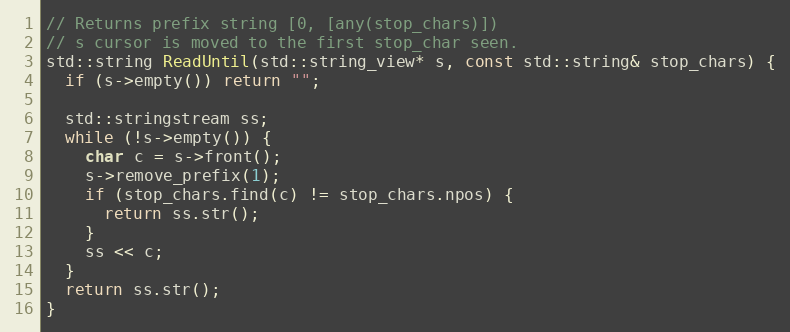
Language: C++
// Returns prefix string [0, [any(stop_chars)])
// s cursor is moved to the first stop_char seen.
std::string ReadUntil(std::string_view* s, const std::string& stop_chars) {
  if (s->empty()) return "";

  std::stringstream ss;
  while (!s->empty()) {
    char c = s->front();
    s->remove_prefix(1);
    if (stop_chars.find(c) != stop_chars.npos) {
      return ss.str();
    }
    ss << c;
  }
  return ss.str();
}